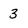
Character: 3